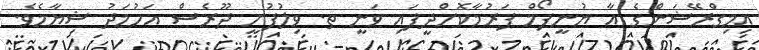
އިމިގްރޭޝަންގެ އާ ޔުނީފޯމް ފަރުމާކޮށްދީފައި ވަނީ ތ. ވިލުފުށީ ދޫރެސް އަހުމަދު ޝިޔާމެވެ.